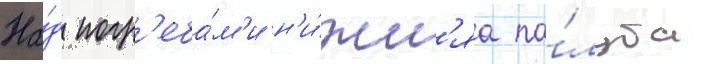
На́д погр'еба́м'и н'и́жн'яа па́луба